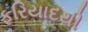
ફરિયાદથી